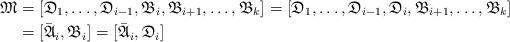
LaTeX: \begin{align*}\mathfrak{M} &= [\mathfrak{D}_{1}, \dots, \mathfrak{D}_{i-1}, \mathfrak{B}_{i}, \mathfrak{B}_{i+1}, \dots, \mathfrak{B}_{k}] = [\mathfrak{D}_{1}, \dots, \mathfrak{D}_{i-1}, \mathfrak{D}_{i}, \mathfrak{B}_{i+1}, \dots, \mathfrak{B}_{k}]\\ &= [\bar{\mathfrak{A}}_{i}, \mathfrak{B}_{i}] = [\bar{\mathfrak{A}}_{i}, \mathfrak{D}_{i}]\end{align*}